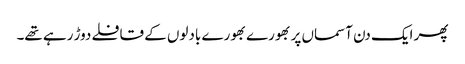
پھر ایک دن آسماں پر بھورے بھورے بادلوں کے قافلے دوڑ رہے تھے۔